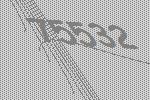
75532